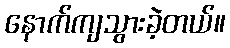
နောက်ကျသွားခဲ့တယ်။